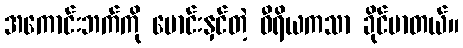
အကောင်းဘက်ကို မောင်းနှင်တဲ့ ဝီရိယကသာ ခိုင်မာတယ်။